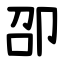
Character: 卲